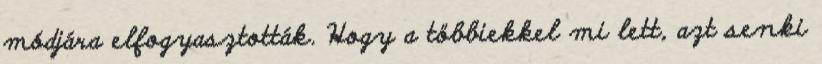
módjára elfogyasztották. Hogy a többiekkel mi lett, azt senki